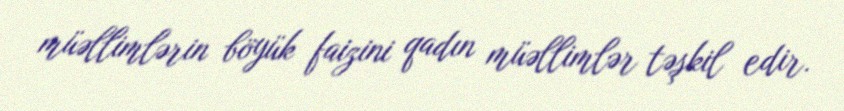
müəllimlərin böyük faizini qadın müəllimlər təşkil edir.